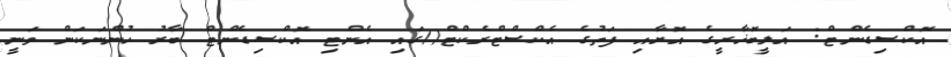
އޮކްސިޑެންޓް: އަލީބޮޚާރީގެ އޮށާއި ފަތުގެ އެކްސްޓްރެކްޓް()ގައި އެންޓި އޮކްސިޑެންޓް ބާރު ހުންނަކަން ވަނީ